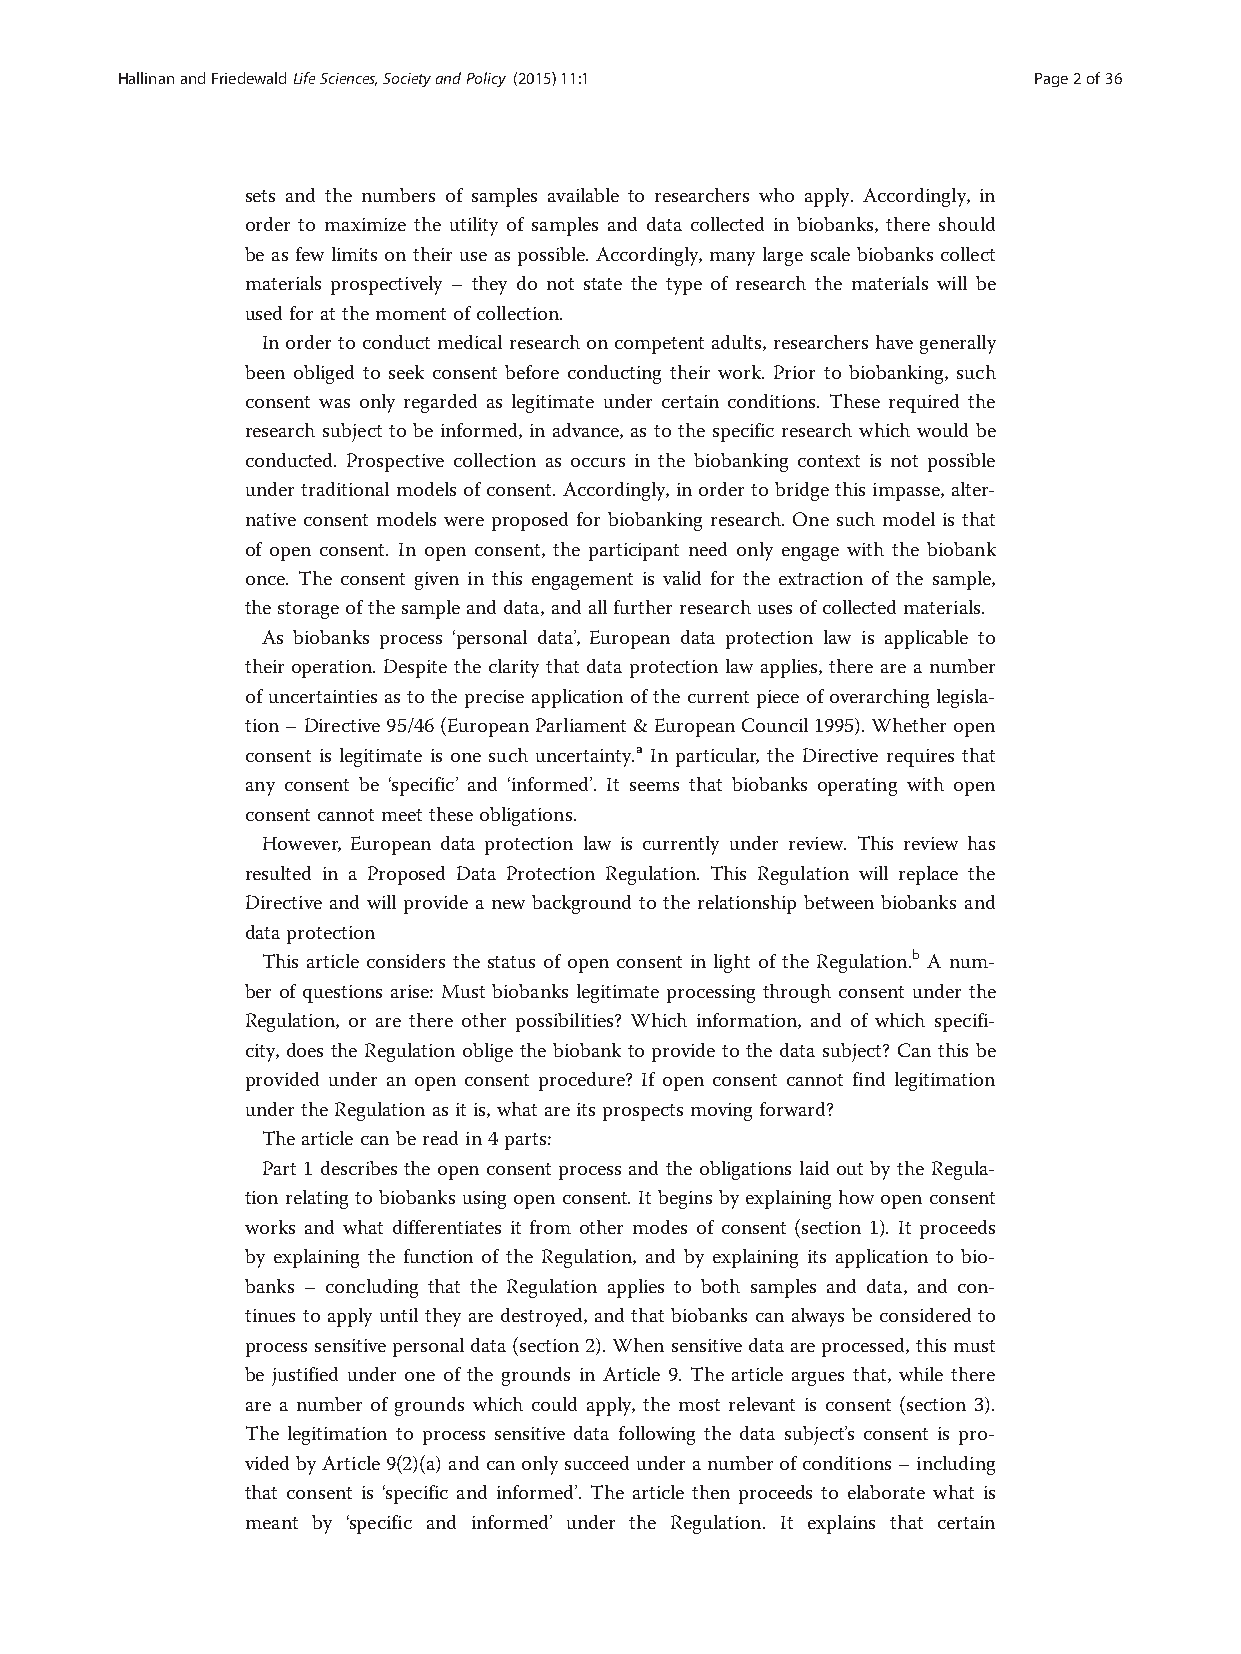
HallinanandFriedewaldLifeSciences,SocietyandPolicy (2015) 11:1 Page2of36
 sets and the numbers of samples available to researchers who apply. Accordingly, in
 order to maximize the utility of samples and data collected in biobanks, there should
 be as few limits on their use as possible. Accordingly, many large scale biobanks collect
 materials prospectively – they do not state the type of research the materials will be
 usedforat themomentofcollection.
 Inorder toconduct medicalresearchoncompetent adults,researchershavegenerally
 been obliged to seek consent before conducting their work. Prior to biobanking, such
 consent was only regarded as legitimate under certain conditions. These required the
 research subject to be informed, in advance, as to the specific research which would be
 conducted. Prospective collection as occurs in the biobanking context is not possible
 under traditional models of consent. Accordingly, in order to bridge this impasse, alter-
 native consent models were proposed for biobanking research. One such model is that
 of open consent. In open consent, the participant need only engage with the biobank
 once. The consent given in this engagement is valid for the extraction of the sample,
 thestorage ofthe sample anddata,andallfurther researchusesofcollected materials.
 As biobanks process ‘personal data’, European data protection law is applicable to
 their operation. Despite the clarity that data protection law applies, there are a number
 of uncertainties as to the precise application of the current piece of overarching legisla-
 tion–Directive95/46(EuropeanParliament&EuropeanCouncil1995).Whetheropen
 consent is legitimate is one such uncertainty.a In particular, the Directive requires that
 any consent be ‘specific’ and ‘informed’. It seems that biobanks operating with open
 consentcannotmeettheseobligations.
 However, European data protection law is currently under review. This review has
 resulted in a Proposed Data Protection Regulation. This Regulation will replace the
 Directive and will provide a new background to the relationship between biobanks and
 data protection
 This article considers the status of open consent in light of the Regulation.b A num-
 ber of questions arise: Must biobanks legitimate processing through consent under the
 Regulation, or are there other possibilities? Which information, and of which specifi-
 city, does the Regulation oblige the biobank to provide to the data subject? Can this be
 provided under an open consent procedure? If open consent cannot find legitimation
 under theRegulation asitis,what areitsprospectsmoving forward?
 Thearticle can bereadin4parts:
 Part 1 describes the open consent process and the obligations laid out by the Regula-
 tion relating to biobanks using open consent. Itbegins by explaining how open consent
 works and what differentiates it from other modes of consent (section 1). It proceeds
 by explaining the function of the Regulation, and by explaining its application to bio-
 banks – concluding that the Regulation applies to both samples and data, and con-
 tinues to apply until they are destroyed, and that biobanks can always be considered to
 processsensitivepersonaldata(section2).Whensensitivedataareprocessed,thismust
 be justified under one of the grounds in Article 9. The article argues that, while there
 are a number of grounds which could apply, the most relevant is consent (section 3).
 The legitimation to process sensitive data following the data subject’s consent is pro-
 videdbyArticle9(2)(a)andcanonlysucceedunderanumberofconditions–including
 that consent is ‘specific and informed’. The article then proceeds to elaborate what is
 meant by ‘specific and informed’ under the Regulation. It explains that certain